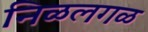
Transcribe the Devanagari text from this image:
निळलगळ